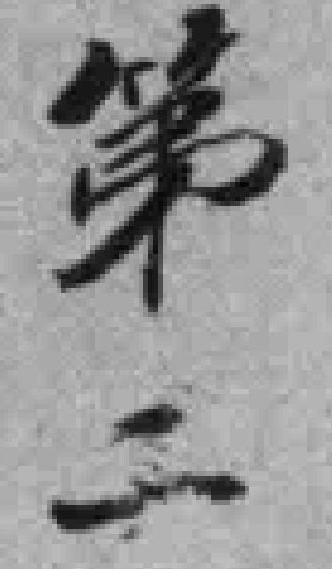
第二